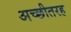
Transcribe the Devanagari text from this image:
अच्छीतरह